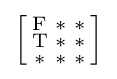
{\Bigl [}{\begin{smallmatrix}\mathrm {F} &\mathrm {*} &\mathrm {*} \\\mathrm {T} &\mathrm {*} &\mathrm {*} \\\mathrm {*} &\mathrm {*} &\mathrm {*} \end{smallmatrix}}{\Bigr ]}